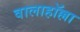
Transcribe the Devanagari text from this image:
वालाहाॅल्ला